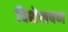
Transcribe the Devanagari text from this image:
विशेलषण